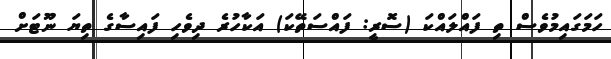
ހަމަގައިމުވެސް ތި ފައްލައްކަ (ސޮރީ: ފައްސަތޭކަ) އަކާހުރެ ދިވެހި ފައިސާގެ ތިޔަ ނޫޓަށް